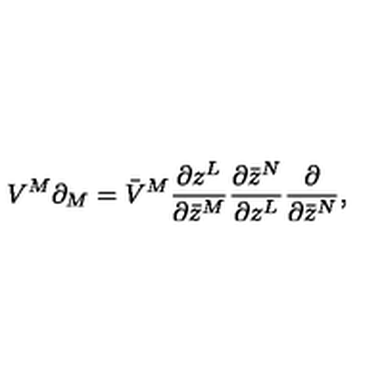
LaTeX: V ^ { M } \partial _ { M } = \bar { V } ^ { M } \frac { \partial z ^ { L } } { \partial \bar { z } ^ { M } } \frac { \partial \bar { z } ^ { N } } { \partial z ^ { L } } \frac { \partial } { \partial \bar { z } ^ { N } } ,